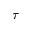
\tau